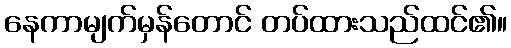
နေကာမျက်မှန်တောင် တပ်ထားသည်ထင်၏။